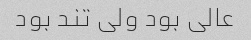
عالی بود ولی تند بود